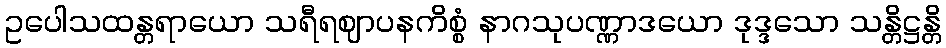
ဥပေါသထန္တရာယော သရီရဈာပနကိစ္စံ နာဂသုပဏ္ဏာဒယော ဒုဒ္ဒသော သန္တိဋ္ဌန္တိ